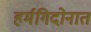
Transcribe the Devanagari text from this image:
हर्मगिदोनात